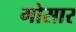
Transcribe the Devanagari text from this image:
गोसार